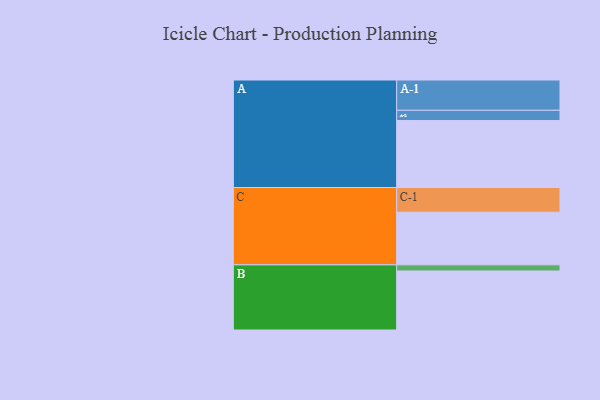
{"axis": {"x": "Segment", "y": "Value"}, "legend": ["", "A", "B", "C"], "data": [{"x": "A", "y": 588, "type": ""}, {"x": "B", "y": 518, "type": ""}, {"x": "C", "y": 462, "type": ""}, {"x": "A-1", "y": 266, "type": "A"}, {"x": "A-2", "y": 90, "type": "A"}, {"x": "B-1", "y": 54, "type": "B"}, {"x": "C-1", "y": 217, "type": "C"}]}